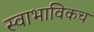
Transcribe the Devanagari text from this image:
स्‍वाभाविकच